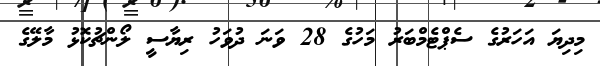
މިދިޔަ އަހަރުގެ ސެޕްޓެމްބަރު މަހުގެ 28 ވަނަ ދުވަހު ރިޔާސީ ލޯންޗުކޮޅު މާލޭގެ